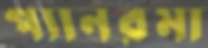
প্যানরমা